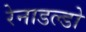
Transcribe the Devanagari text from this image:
रेनाडल्डो